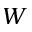
W